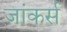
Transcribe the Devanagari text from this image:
जांकर्स